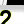
Digit: 2